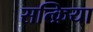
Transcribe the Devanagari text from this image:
सत्क्रिया